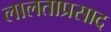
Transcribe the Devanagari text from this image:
लालताप्रसाद